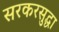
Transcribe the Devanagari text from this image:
सरकरसुद्धा